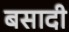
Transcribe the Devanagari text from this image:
बसादी